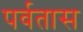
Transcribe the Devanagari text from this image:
पर्वतास